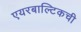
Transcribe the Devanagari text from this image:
एयरबाल्टिकची